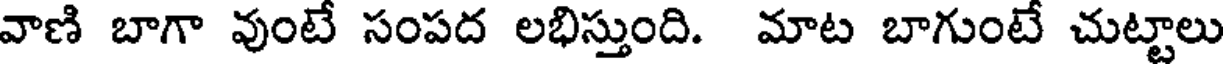
వాణి బాగా వుంటే సంపద లభిస్తుంది. మాట బాగుంటే చుట్టాలు